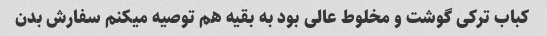
کباب ترکی گوشت و مخلوط عالی بود به بقیه هم توصیه میکنم سفارش بدن